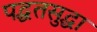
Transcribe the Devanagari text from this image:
पद्धतसुद्धा